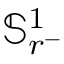
\mathbb { S } _ { r ^ { - } } ^ { 1 }